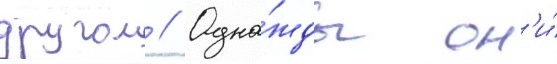
другом // Одна́жды он'и́